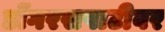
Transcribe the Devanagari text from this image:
डोंगरसपाटीवर